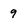
Character: 9